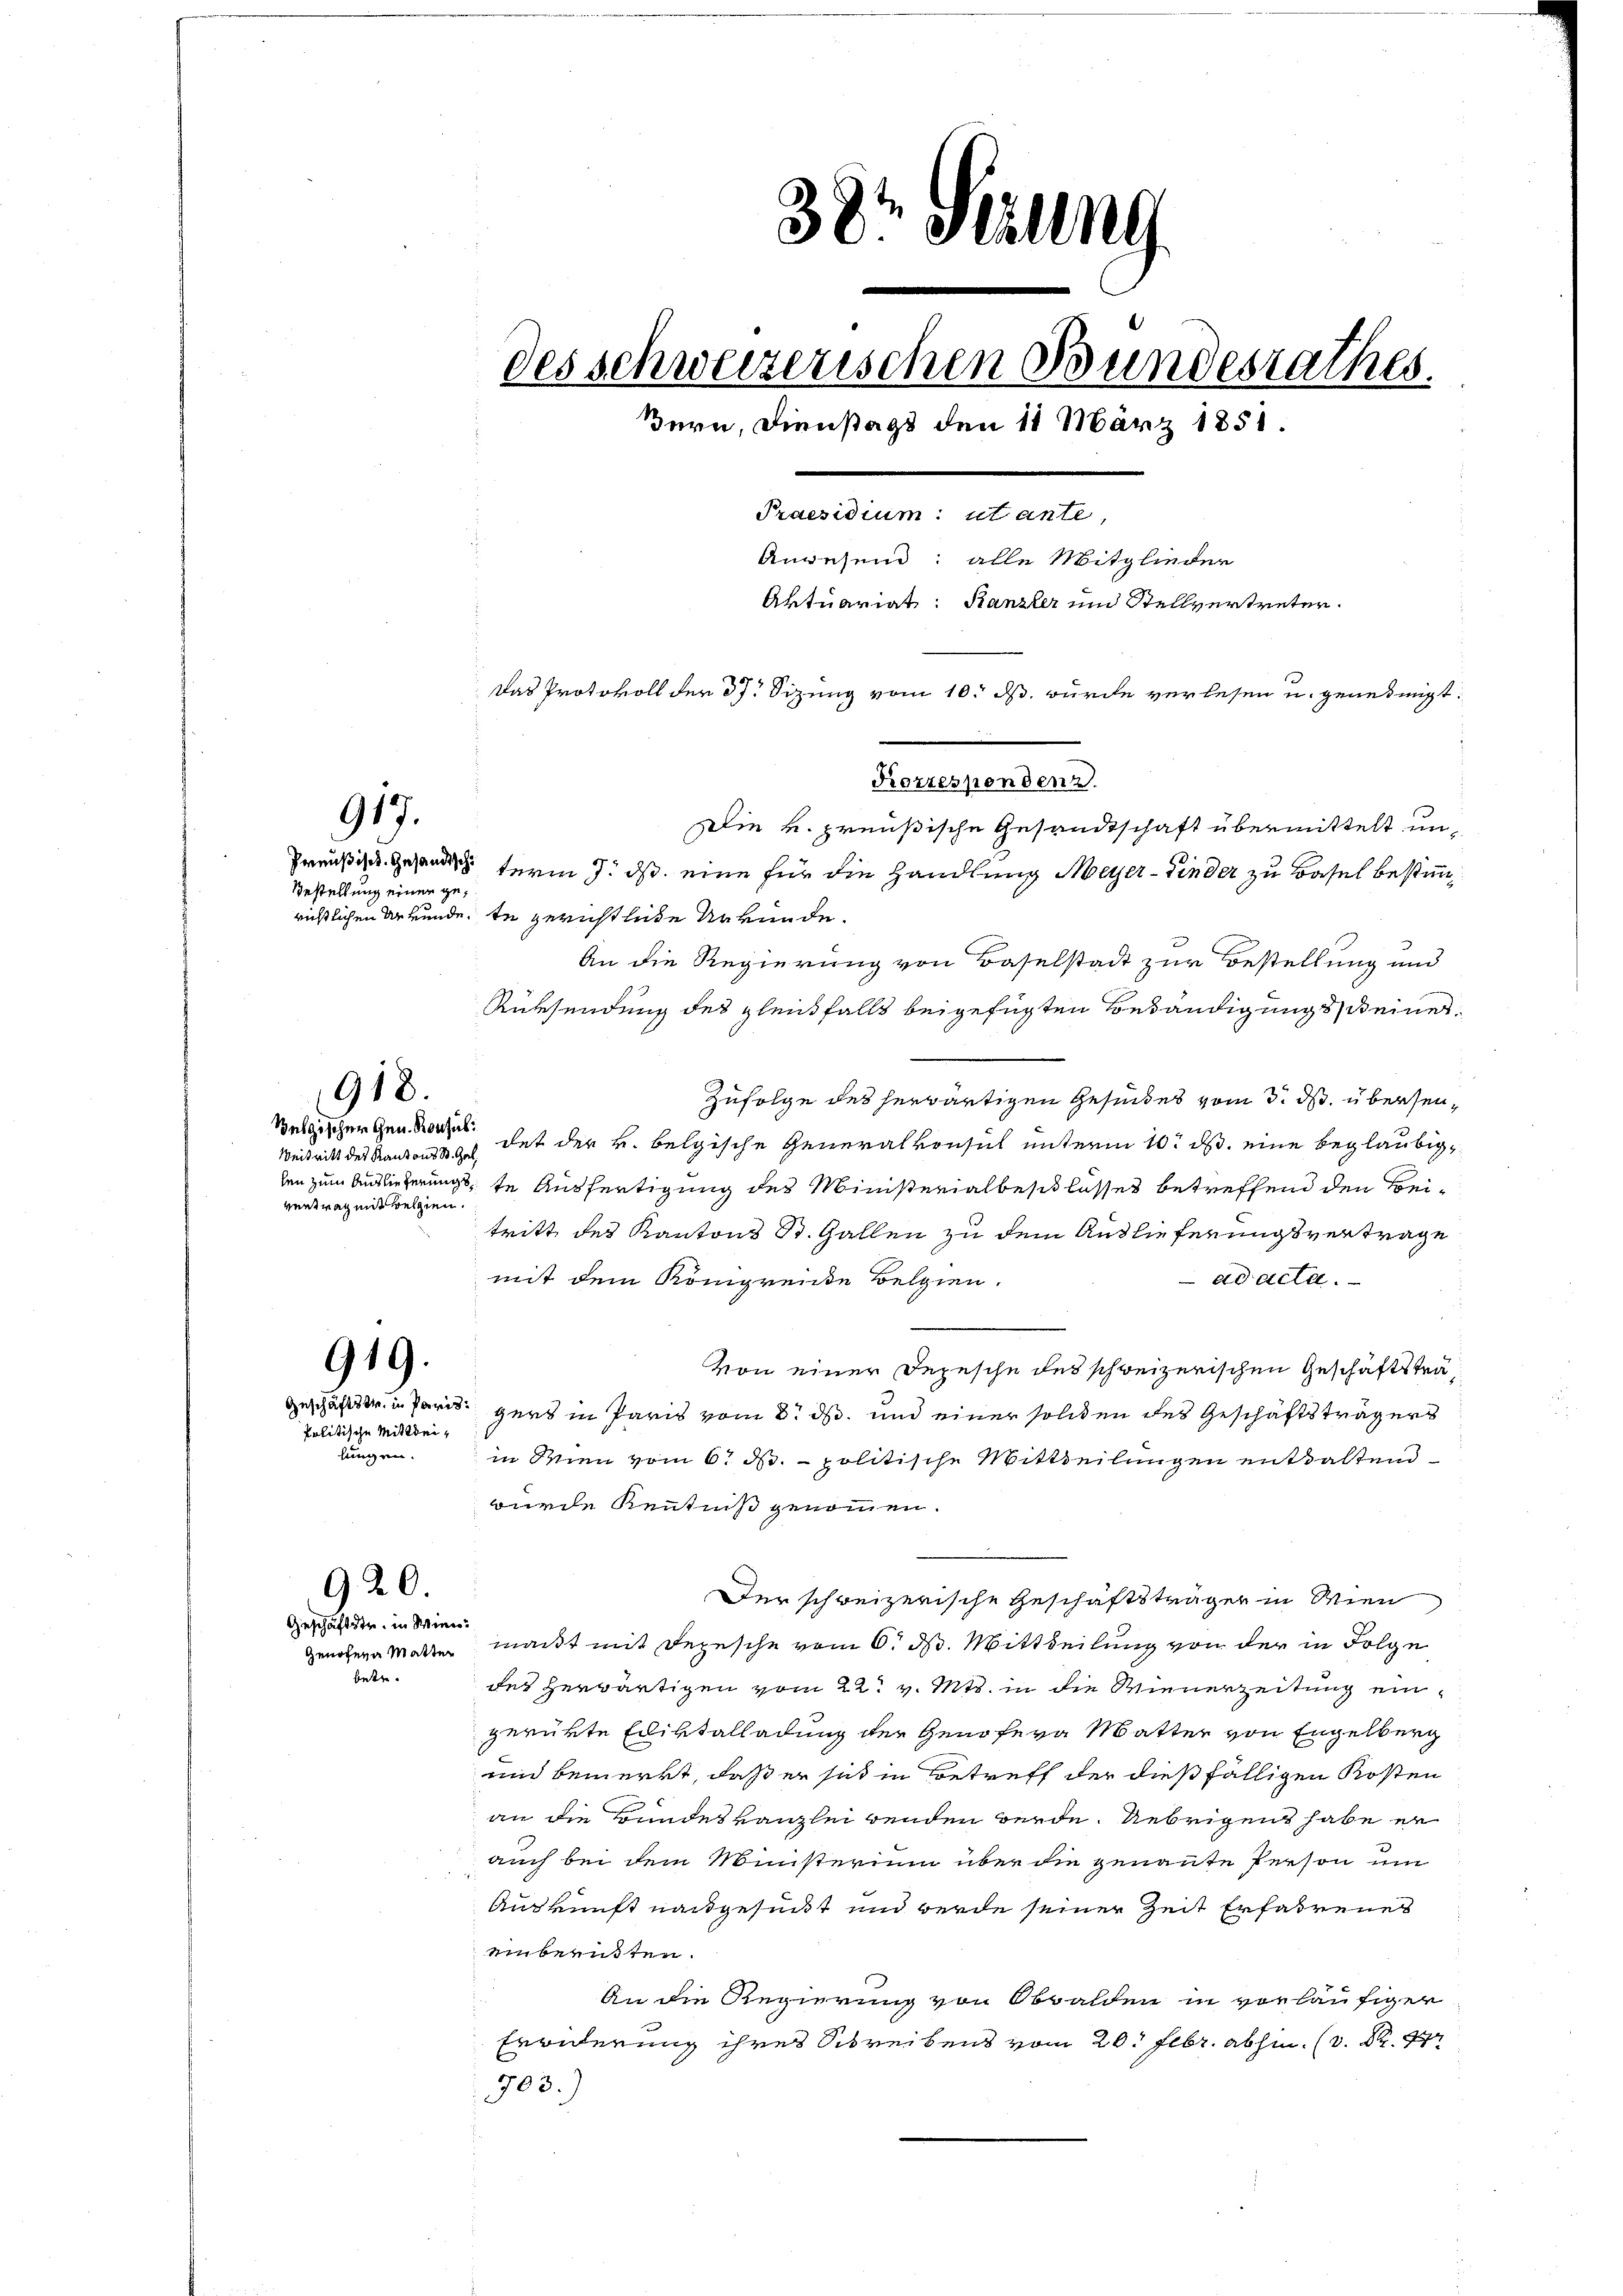
917.

Bestellung einer ge¬

918.

Weitritt des Kantons St. Gal
vertrag mit belgien.

919.

Politische Mittheilungen.

920.
Geschäftstr. in Wien.

betre¬

richtlichen Urkunde. In gerichtliche Urkunde.
An die Regierung von Baselstadt zur Bestellung und
Rüksendung des gleichfalls beigefügten Betändigung seiner¬
Zufolge des herwärtigen Gesindes vom 3. ds. übersen¬
Belgischergen hat der k. belgische Generalkonsul unterm 10. ds. eine beglaubiglen zum Auslieferungste Ausfertigung des Ministerialbeschlusses betreffend den Beitritt des Kantons St. Gallen zu dem Auslieferungsvertrage
ad acta.
mit dem Königreie Belgien.
Von einer Depesche des schweizerischen Geschäftsträgeschäfts in Paris gers in Paris vom 8. ds. und einer solchen des Geschäftsträgers
in Wien vom 6. d. politische Mittheilungen enthaltend
wurde Kenntniß genommen.
Der schweizerische Geschäftsträger in Wien
Genodena Watter macht mit Depesche vom 6. d. Mittheilung von der in Folge
des Herwärtigen vom 22t v. Mts. in die Wienerzeitung eingerükte Ediktalladung der Genofern Matter von Engelberg
und bemerkt, daß er sich in Betreff der dießfälligen Kosten
an die Bundeskanzlei benden werde. Uebrigens habe er
auch bei dem Ministerium über die genante Person um
Auskunft nachgesundt und werde seiner Zeit Erfahrenes
einberuhten.
t
An die Regierung von Obwalden in vorläufiger
Erwiderung ihres Schreibens vom 20. Febr. abhin (v. St.
703.)

38 Sezung
des schweizerischen Bundesrathes.
Bern, Dienstags den 11 März 1851.
Praesidium: et ante
Anwesend: alle Mitglieder
Aktuariat: Kanzler und Stellvertreter.
 17
Das Protokoll der 37. Sizung vom 10. ds. wurde verlesen u. genehmigt.
Korrespondenz.
Die k. preußische Gesandtschaft übermittelt un¬
Preußisch gesandts term 7. ds. eine für die Handlung Meyer-Kinder zu Basel bestimm